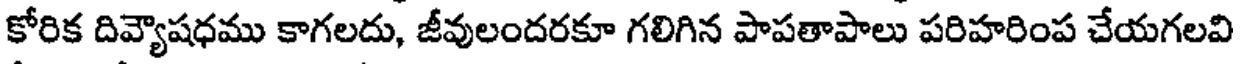
కోరిక దివ్యౌషధము కాగలదు, జీవులందరకూ గలిగిన పాపతాపాలు పరిహరింప చేయగలవి